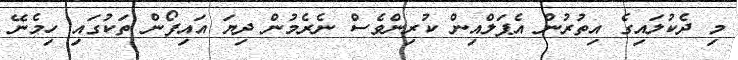
މި ދެކުލައިގެ އިތުރުން އެޕަލްއިން ކުރިންވެސް ނެރެމުން ދިޔަ އައިފޯން ތަކުގައި ހިމެނޭ